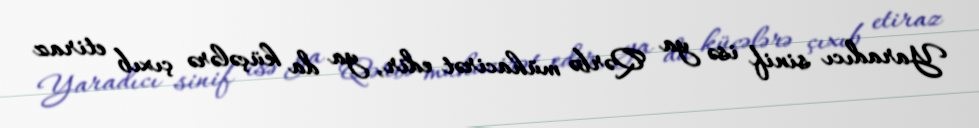
Yaradıcı sinif isə ya Qərbə mühacirət edir, ya da küçələrə çıxıb etiraz